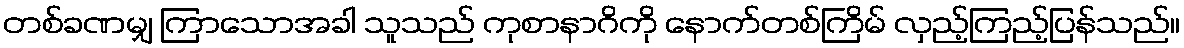
တစ်ခဏမျှ ကြာသောအခါ သူသည် ကုစာနာဂိကို နောက်တစ်ကြိမ် လှည့်ကြည့်ပြန်သည်။